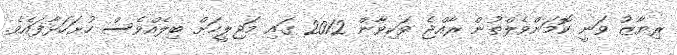
ރިޔާޒު ވަނީ ކޮމަންވެލްތުން ރާއްޖެ ވަކިވާން 2012 ގައި މަޖިލީހަށް ބިލެއްވެސް ހުށަހަޅާފައެވެ.